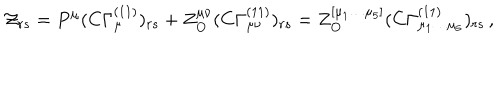
{ \cal { Z } } _ { r s } = P ^ { \mu } ( C \Gamma _ { \mu } ^ { ( 1 1 ) } ) _ { r s } + Z _ { \bf { O } } ^ { \mu \nu } ( C \Gamma _ { \mu \nu } ^ { ( 1 1 ) } ) _ { r s } = Z _ { \bf { O } } ^ { [ \mu _ { 1 } \ldots \mu _ { 5 } ] } ( C \Gamma _ { \mu _ { 1 } \ldots \mu _ { 5 } } ^ { ( 1 1 ) } ) _ { r s } \, ,